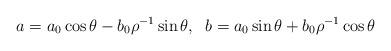
LaTeX: \begin{align*} a=a_0 \cos\theta- b_0\rho^{-1}\sin\theta,\;\; b=a_0\sin\theta+b_0\rho^{-1}\cos\theta\end{align*}